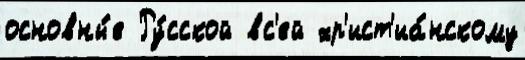
основны́е Ру́сской вс'ей хр'ист'иа́нскому